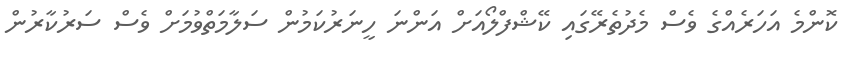
ކޮންމެ އަހަރެއްގެ ވެސް މެދުތެރޭގައި ކޭޝްފްލޯއަށް އަންނަ ހީނަރުކަމުން ސަލާމަތްވުމަށް ވެސް ސަރުކާރުން